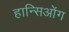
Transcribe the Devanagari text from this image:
हान्सिओंग